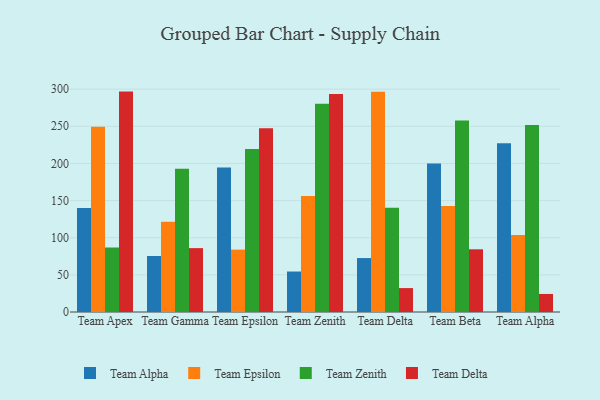
{"axis": {"x": "Team", "y": "Shipments"}, "legend": ["Team Alpha", "Team Delta", "Team Epsilon", "Team Zenith"], "data": [{"x": "Team Apex", "y": 140.1, "type": "Team Alpha"}, {"x": "Team Apex", "y": 249.4, "type": "Team Epsilon"}, {"x": "Team Apex", "y": 86.9, "type": "Team Zenith"}, {"x": "Team Apex", "y": 296.7, "type": "Team Delta"}, {"x": "Team Gamma", "y": 75.4, "type": "Team Alpha"}, {"x": "Team Gamma", "y": 121.6, "type": "Team Epsilon"}, {"x": "Team Gamma", "y": 192.7, "type": "Team Zenith"}, {"x": "Team Gamma", "y": 86.0, "type": "Team Delta"}, {"x": "Team Epsilon", "y": 194.6, "type": "Team Alpha"}, {"x": "Team Epsilon", "y": 84.0, "type": "Team Epsilon"}, {"x": "Team Epsilon", "y": 219.4, "type": "Team Zenith"}, {"x": "Team Epsilon", "y": 247.3, "type": "Team Delta"}, {"x": "Team Zenith", "y": 54.5, "type": "Team Alpha"}, {"x": "Team Zenith", "y": 156.1, "type": "Team Epsilon"}, {"x": "Team Zenith", "y": 280.4, "type": "Team Zenith"}, {"x": "Team Zenith", "y": 293.5, "type": "Team Delta"}, {"x": "Team Delta", "y": 72.6, "type": "Team Alpha"}, {"x": "Team Delta", "y": 296.5, "type": "Team Epsilon"}, {"x": "Team Delta", "y": 140.3, "type": "Team Zenith"}, {"x": "Team Delta", "y": 32.2, "type": "Team Delta"}, {"x": "Team Beta", "y": 200.0, "type": "Team Alpha"}, {"x": "Team Beta", "y": 142.7, "type": "Team Epsilon"}, {"x": "Team Beta", "y": 257.9, "type": "Team Zenith"}, {"x": "Team Beta", "y": 84.4, "type": "Team Delta"}, {"x": "Team Alpha", "y": 227.1, "type": "Team Alpha"}, {"x": "Team Alpha", "y": 103.7, "type": "Team Epsilon"}, {"x": "Team Alpha", "y": 251.6, "type": "Team Zenith"}, {"x": "Team Alpha", "y": 24.3, "type": "Team Delta"}]}